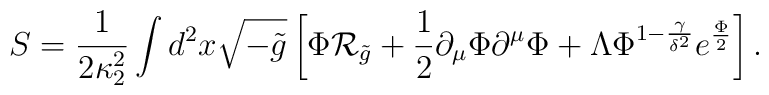
S={1\over{2\kappa^2_2}}\int d^2x\sqrt{-\tilde{g}}\left[\Phi{\cal R}_{\tilde{g}}+{1\over 2}\partial_{\mu}\Phi\partial^{\mu}\Phi+\Lambda\Phi^{1-{\gamma\over{\delta^2}}}e^{\Phi\over 2}\right].